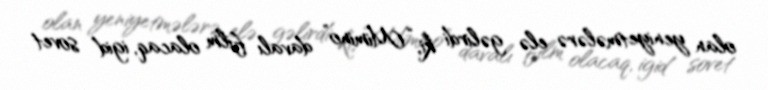
olan yeniyetmələrə elə gəlirdi ki, “Mimino” davalı film olacaq, igid sovet